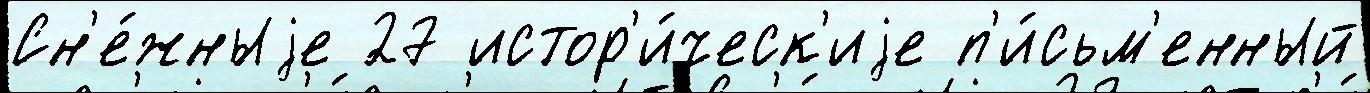
Сн'е́жныjе 27 истор'и́ческ'иjе п'и́сьм'енный